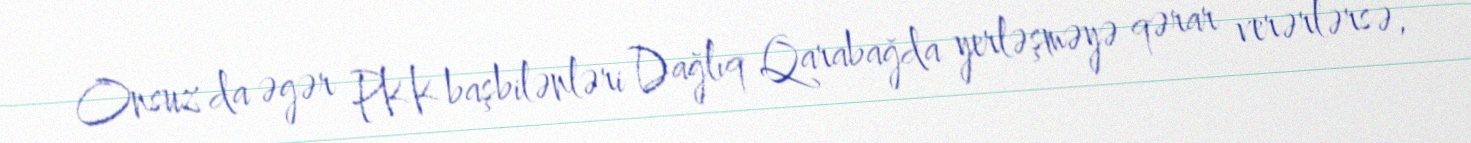
Onsuz da əgər PKK başbilənləri Dağlıq Qarabağda yerləşməyə qərar verərlərsə,